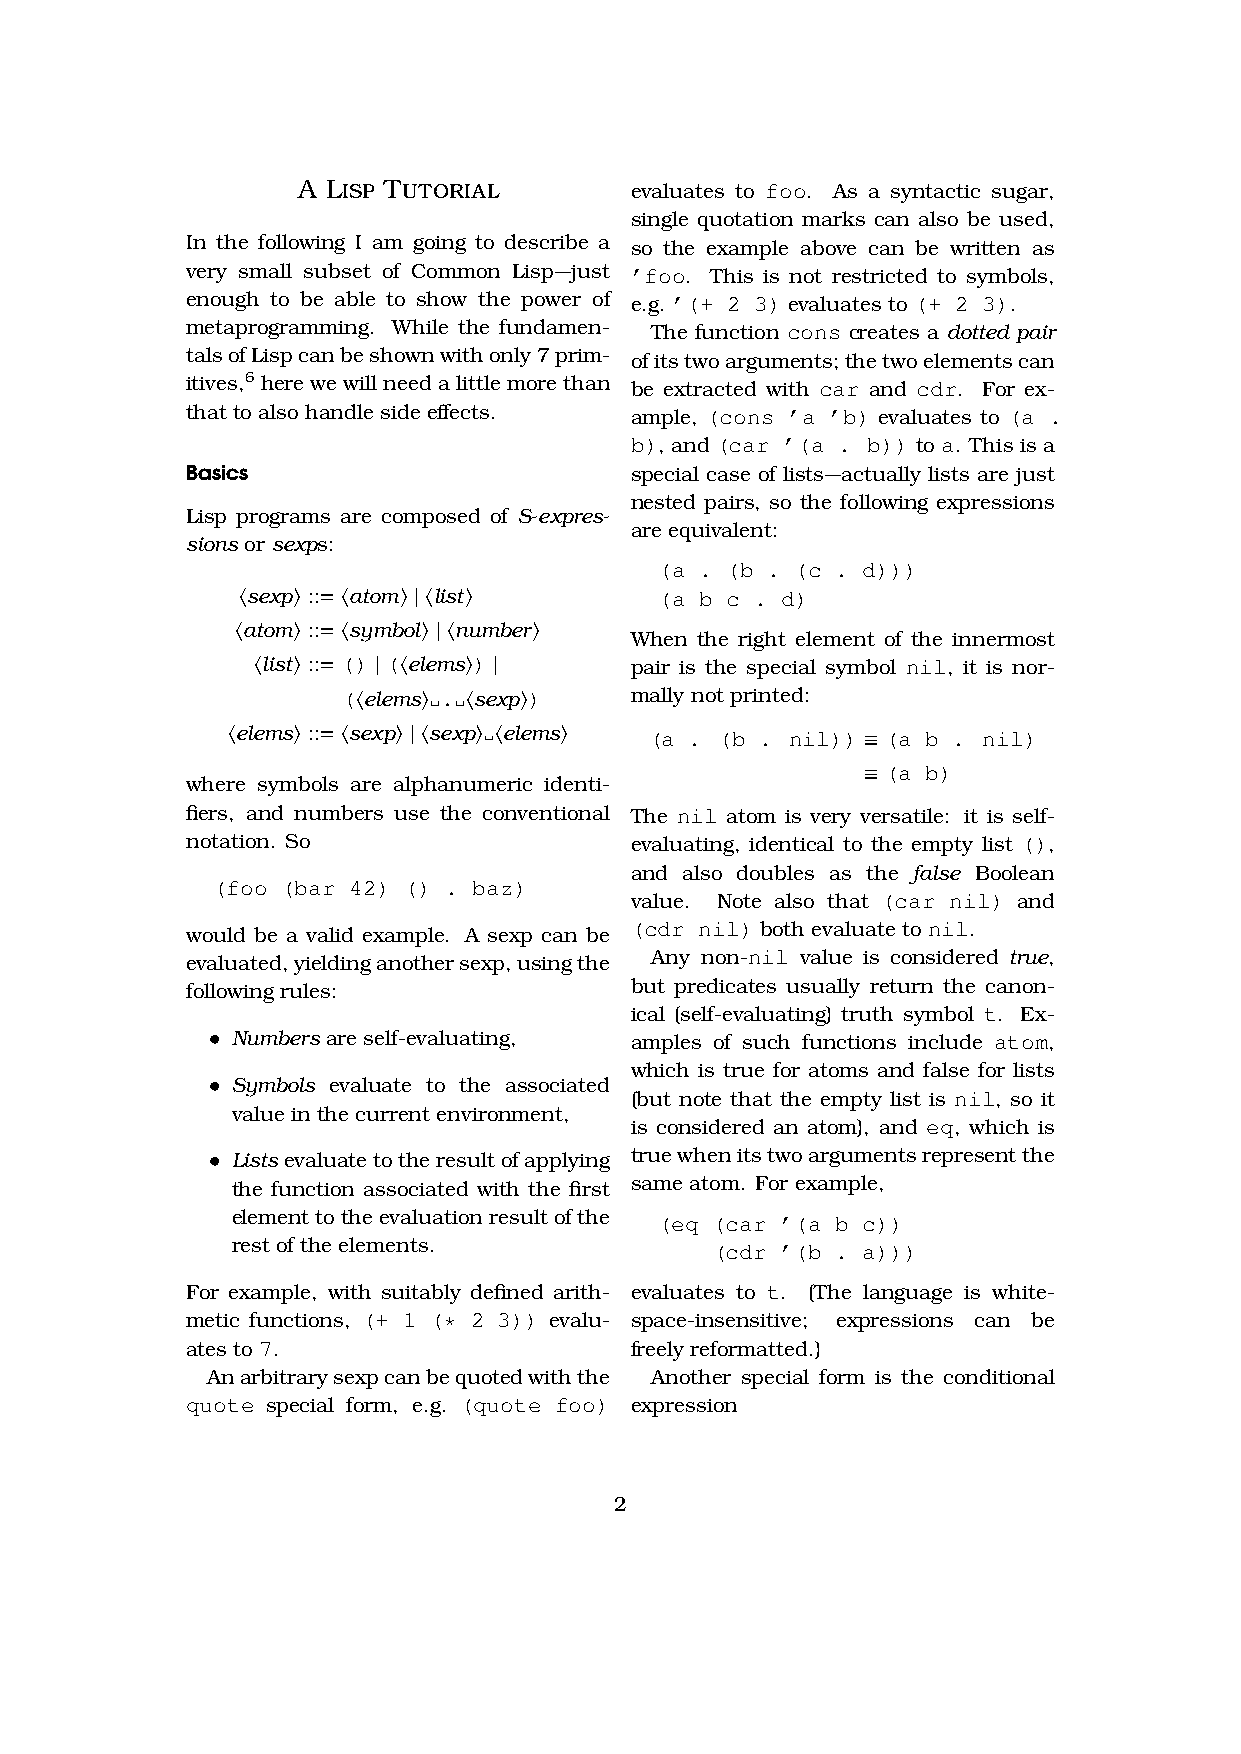
A Lisp Tutorial
 evaluates to foo. As a syntactic sugar,
 single quotation marks can also be used,
 In the following I am going to describe a so the example above can be written as
 very small subset of Common Lisp—just ’foo. This is not restricted to symbols,
 enough to be able to show the power of e.g. ’(+ 2 3) evaluates to (+ 2 3).
 metaprogramming. While the fundamen- The function cons creates a dotted pair
 talsofLispcanbeshownwithonly7prim- ofitstwoarguments;thetwoelementscan
 itives,6 herewewillneedalittlemorethan be extracted with car and cdr. For ex-
 that to also handle side effects. ample, (cons ’a ’b) evaluates to (a .
 b), and (car ’(a . b)) to a. This is a
 Basics                        special case of lists—actually lists are just
 nested pairs, so the following expressions
 Lisp programs are composed of S-expres-
 are equivalent:
 sions or sexps:
 (a . (b . (c . d)))
 ⟨sexp⟩ ::= ⟨atom⟩ | ⟨list⟩  (a b c . d)
 ⟨atom⟩ ::= ⟨symbol⟩ | ⟨number⟩
 When the right element of the innermost
 ⟨list⟩ ::= () | (⟨elems⟩) | pair is the special symbol nil, it is nor-
 (⟨elems⟩ . ⟨sexp⟩) mally not printed:
 ⟨elems⟩ ::= ⟨sexp⟩ | ⟨sexp⟩ ⟨elems⟩ (a . (b . nil)) ≡ (a b . nil)
 ≡ (a b)
 where symbols are alphanumeric identi-
 fiers, and numbers use the conventional The nil atom is very versatile: it is self-
 notation. So                  evaluating, identical to the empty list (),
 and also doubles as the false Boolean
 (foo (bar 42) () . baz)
 value. Note also that (car nil) and
 would be a valid example. A sexp can be (cdr nil) both evaluate to nil.
 evaluated,yieldinganothersexp,usingthe Any non-nil value is considered true,
 following rules:              but predicates usually return the canon-
 ical (self-evaluating) truth symbol t. Ex-
 •
 Numbers are self-evaluating, amples of such functions include atom,
 which is true for atoms and false for lists
 •
 Symbols evaluate to the associated
 (but note that the empty list is nil, so it
 value in the current environment,
 is considered an atom), and eq, which is
 • Listsevaluatetotheresultofapplying truewhenitstwoargumentsrepresentthe
 the function associated with the first same atom. For example,
 elementtotheevaluationresultofthe (eq (car ’(a b c))
 rest of the elements.           (cdr ’(b . a)))
 For example, with suitably defined arith- evaluates to t. (The language is white-
 metic functions, (+ 1 (* 2 3)) evalu- space-insensitive; expressions can be
 ates to 7.                    freely reformatted.)
 Anarbitrarysexpcanbequotedwiththe Another special form is the conditional
 quote special form, e.g. (quote foo) expression
 2